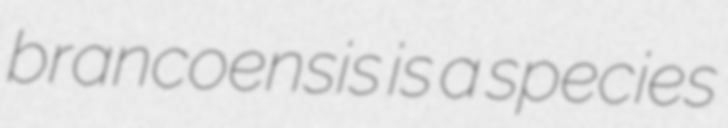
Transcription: brancoensis is a species